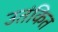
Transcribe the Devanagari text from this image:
उतंकित